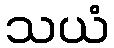
သယံ